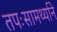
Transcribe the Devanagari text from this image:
तपःसामर्थ्याने